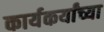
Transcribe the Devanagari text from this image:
कार्यकर्यांच्या